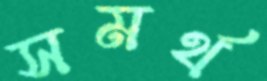
সমর্থ